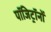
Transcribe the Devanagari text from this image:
पॉजिट्रॉनों